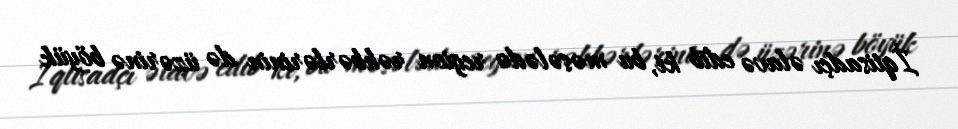
İqtisadçı əlavə edib ki, bu məsələdə region rəhbərlərinin də üzərinə böyük